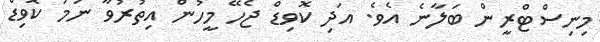
މިނިސްޓްރީން ބަލާނެ އެވެ. އަދި ކޮވިޑް ޖެހޭ މީހުން އިތުރުވާ ނަމަ ކޮވިޑް